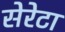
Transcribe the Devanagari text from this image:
सेरेटा